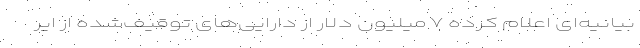
بیانیه‌ای اعلام کرده ۷ میلیون دلار از دارایی‌های توقیف‌شده از ایر